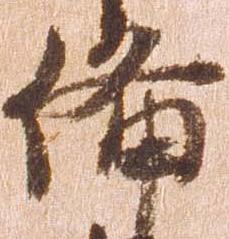
備